Annual report of the Civil Veterinary Department, Bengal, for the year 1898-99 - 1898-1899
Year: 1898
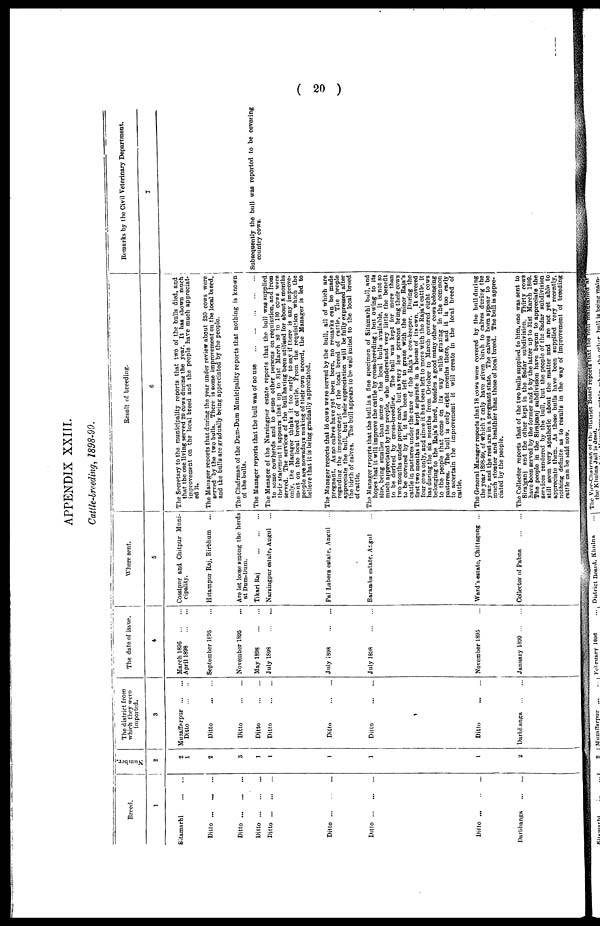
( 20 )
APPENDIX XXIII.
Cattle-breeding, 1898-99.
Breed.
1
Sitamarhi
...
...
Ditto ... ... ...
Ditto
...
...
...
Ditto
...
...
...
Ditto
...
...
...
Ditto ... ... ...
Ditto
...
...
...
Ditto
...
...
...
Durbhanga
...
...
Number
2
2
1
2
3
1
1
1
1
2
The district from
which they were
imported.
3
Muzaffarpur ... ...
Ditto
...
...
Ditto
...
...
Ditto
...
...
Ditto
...
...
Ditto
...
...
Ditto
...
...
Ditto
...
...
Ditto
...
...
Darbhanga ... ...
The date of issue.
4
March 1896
...
...
April 1898
...
...
September 1895 ...
November 1895 ...
May 1898 ... ...
July 1898
...
...
July 1898 ... ...
July 1898
...
...
November 1895 ...
January 1899 ... ...
Where sent.
5
Cossipur and Chitpur Muni-
cipality.
Hitampur Raj, Birbhum ...
Are let loose among the herds
at Dum-Uum.
Tikari Raj
...
...
...
Narsingpur estate, Augul ...
Pal Lahera estate, Angul ...
Baraæba estate, Argul ...
Ward's estate, Chittagong ...
Collector of Pabna
...
...
Result of breeding.
6
The Secretary to the municipality reports that two of the bulls died, and
that the one living served 20 cows during the year. It has shown much
improvement on the local breed and the people have much appreciat-
ed it.
The Manager reports that during the year under review about 250 cows were
served by the two bulls. There is some improvement on the local bleed,
i
and the bulls are gradually being appreciated by the people.
The Chairman of the Dum-Dum Municipality reports that nothing is known
of the bulls.
The Manager reports that the bull was of no use
...
...
...
...
...
The Manager of the Narsingpur estate reports that the bull was supplied
to some cowherds and to some other persons on requisition, and from
their statement it appears that up to 31st March 80 to 100 cows were
served. The services of the bull having been utilised for about 8 months
only, the Mannger thinks it too early to say if there is any improve-
ment on the local breed of cattle. From the requisition which the
people are nowadays making of their own accord, the Manager is led to
believe that it is being gradually appreciated.
The Manager reports that 10 cow9 were served by the bull, all of which are
pregnant. As no calves have yet been born, no remarks can be made
regarding the improvement of the local breed of cattle. The people
appreciate the bull, but their appreciation will be fully expressed after
the birth of calves. The bull appears to be well suited to the local breed
of cattle.
The Mannger reports that the bull is a fine specimen of Sitamarhi bull, and
hopes that it will improve the cattle by cross-breeding ; but owing to its
Size, being smaller than some o the local bulls available, it is not so
much appreciated by the people, who understand very little the benefit
to be derived by cross-breeding. The bull was kept for more than
two months under proper care, but as very few persons bring their cows
to be covered by it, it has been left to graze with the minor Raja's
cattle in pastures under the care of the Raja's cow-keeper. During the
first two months it was kept separate in a house of its own. It covered
four cows only, and since it has been left to move with the Raja's cattle, it
has during the six months from October to March covered eight cows
belonging to the Raja's herd, besides a good many other cows belonging
to the people that come on its way while grazing in the common
pastures. The bull is only eight months there, and it is too early
to ascertain the improvement it will create in the local breed of
cattle.
The General Manager reports that 18 cows were covered by the bull during
the year 1898-99, of which 7 only have given birth to calves during the
year, and the rest are in a pregnant state. The calves born appear to be
much stonter and healthier than those of local breed. The bull is appre-
ciated by the people.
The Collector reports that of the two bulls supplied to him, one was sent to
Sirajganj and the other kept in the Sadar subdivision, Thirty cows
have been served by the former and 5 by the latter up to 31st March 1899.
The people in the Sirajganj subdivision have begun to appreciate the
services rendered by the bull, but the people of the Sadar subdivision
still seem very apathetic about the matter and are not yet able to
appreciate them. As these bulls have been supplied very recently,
nothing definite as to results in the way of improvement of breeding
cattle can be said now.
Remarks by the Civil Veterinary Department.
7
Subsequently the bull was reported to be covering
country cows.